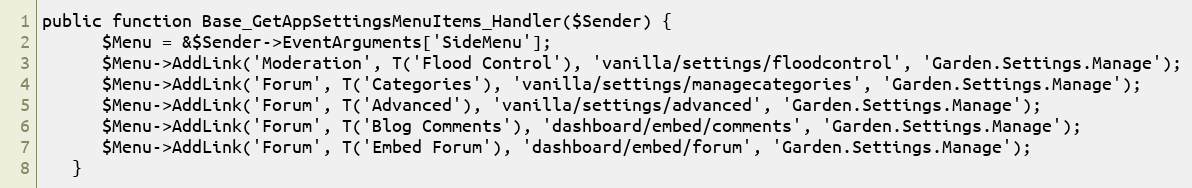
Language: PHP
public function Base_GetAppSettingsMenuItems_Handler($Sender) {
      $Menu = &$Sender->EventArguments['SideMenu'];
      $Menu->AddLink('Moderation', T('Flood Control'), 'vanilla/settings/floodcontrol', 'Garden.Settings.Manage');
      $Menu->AddLink('Forum', T('Categories'), 'vanilla/settings/managecategories', 'Garden.Settings.Manage');
      $Menu->AddLink('Forum', T('Advanced'), 'vanilla/settings/advanced', 'Garden.Settings.Manage');
      $Menu->AddLink('Forum', T('Blog Comments'), 'dashboard/embed/comments', 'Garden.Settings.Manage');
      $Menu->AddLink('Forum', T('Embed Forum'), 'dashboard/embed/forum', 'Garden.Settings.Manage');
   }